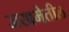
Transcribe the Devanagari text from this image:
जखमेतील